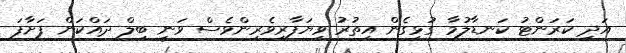
އަދި ކަރަންޓު ކަނޑާލުމާ ގުޅިގެން އިތުރު ވިޔަފާރިވެރިންވެސް ވަނީ ބިލް ދައްކަން ފަށާފަ